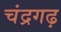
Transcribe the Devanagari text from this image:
चंद्रगढ़